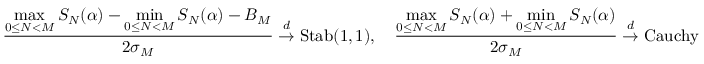
\frac { \displaystyle { \operatorname* { m a x } _ { 0 \le N < M } S _ { N } ( \alpha ) - \operatorname* { m i n } _ { 0 \le N < M } S _ { N } ( \alpha ) - B _ { M } } } { 2 \sigma _ { M } } \overset { d } { \to } \mathrm { S t a b } ( 1 , 1 ) , \quad \frac { \displaystyle { \operatorname* { m a x } _ { 0 \le N < M } S _ { N } ( \alpha ) + \operatorname* { m i n } _ { 0 \le N < M } S _ { N } ( \alpha ) } } { 2 \sigma _ { M } } \overset { d } { \to } \mathrm { C a u c h y }